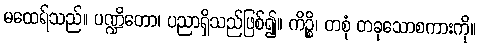
မထေရ်သည်။ ပဏ္ဍိတော၊ ပညာရှိသည်ဖြစ်၍။ ကိဉ္စိ၊ တစုံ တခုသောစကားကို။